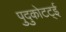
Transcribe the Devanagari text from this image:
पुदुकोटट्ई